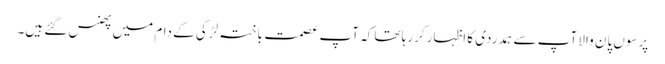
پرسوں پان والا آپ سے ہمدردی کا اظہار کررہا تھا کہ آپ عصمت باختہ لڑکی کے دام میں پھنس گئے ہیں۔